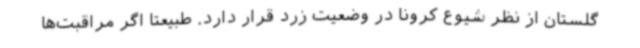
گلستان از نظر شیوع کرونا در وضعیت زرد قرار دارد. طبیعتاً اگر مراقبت‌ها